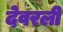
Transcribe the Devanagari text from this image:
देवरली